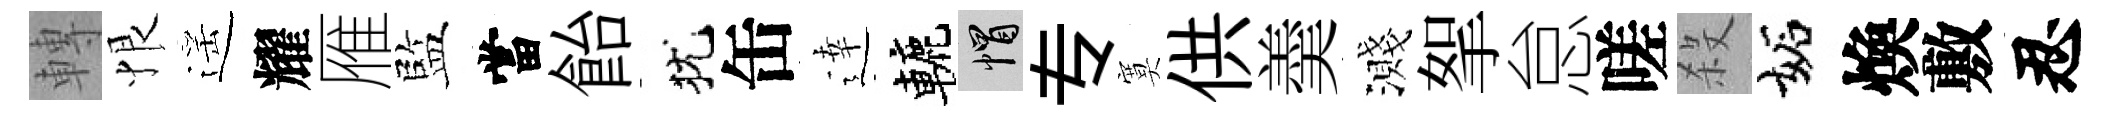
轉恨遥耀雁監當飴犹缶逹轆帽专寞供羮濺挐怠嗟殺妬煥敷忍